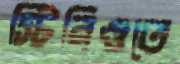
স্টিরিওতে